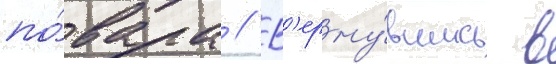
по́вара // В'ерну́вшись в